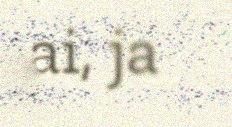
ai, ja